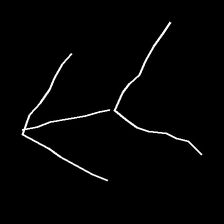
Glyph: gather